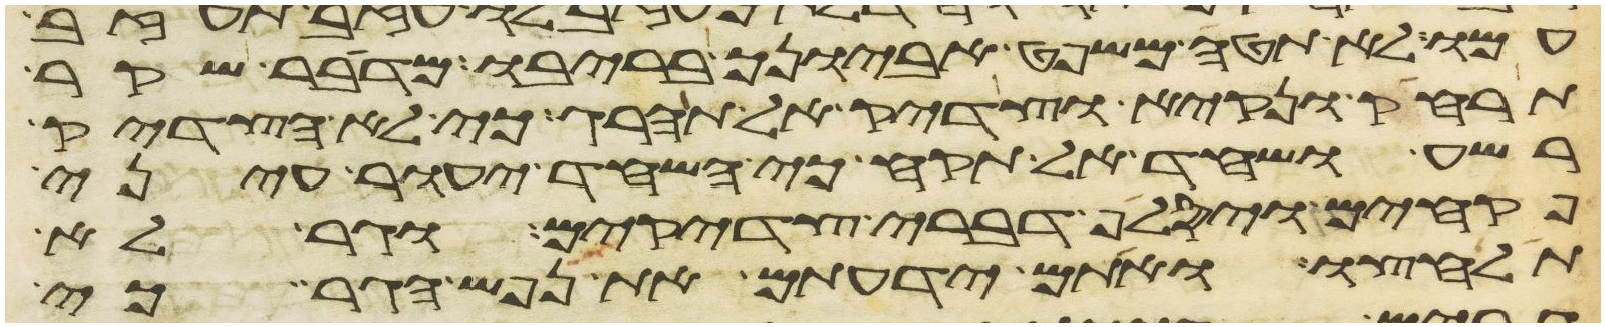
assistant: עמו לא תטה משפט אביונך בריבו מדבר שקר
תרחק ונקיא וצדיק אל תהרג כי לא הצדיק
רשע ושחד אל תקח כי השחד יעור עיני
פקחים ויסלף דברי צדקים וגר לא
תלחצו ואתם ידעתם את נפש הגר כי